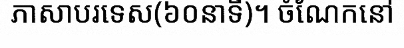
ភាសាបរទេស(៦០នាទី)។ ចំណែកនៅ